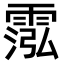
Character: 霐